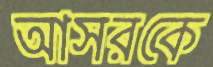
আসরকে